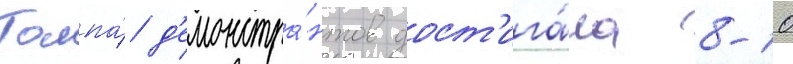
Толпа́ д'емонстра́нтов дост'ига́ла 8-10